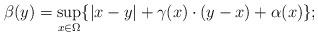
LaTeX: \begin{align*}\beta (y) = \sup_{x\in \Omega} \{|x - y| + \gamma(x) \cdot (y-x) + \alpha(x)\};\end{align*}